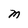
Character: M